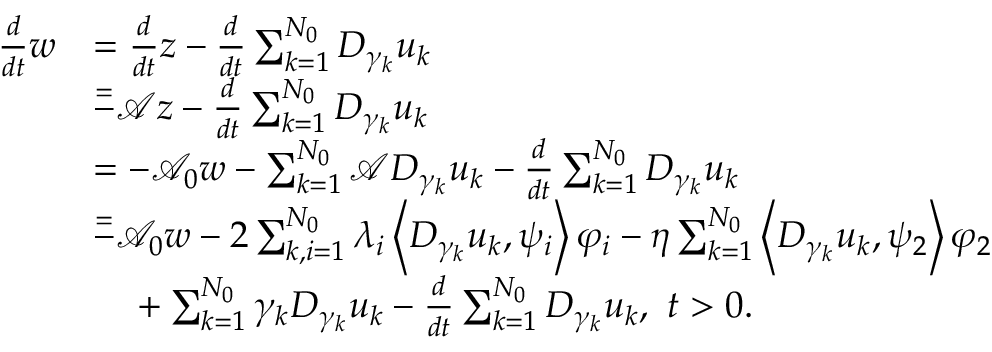
\begin{array} { r l } { \frac { d } { d t } w } & { = \frac { d } { d t } z - \frac { d } { d t } \sum _ { k = 1 } ^ { N _ { 0 } } D _ { \gamma _ { k } } u _ { k } } \\ & { \overset { = } - \mathcal { A } z - \frac { d } { d t } \sum _ { k = 1 } ^ { N _ { 0 } } D _ { \gamma _ { k } } u _ { k } } \\ & { = - \mathcal { A } _ { 0 } w - \sum _ { k = 1 } ^ { N _ { 0 } } \mathcal { A } D _ { \gamma _ { k } } u _ { k } - \frac { d } { d t } \sum _ { k = 1 } ^ { N _ { 0 } } D _ { \gamma _ { k } } u _ { k } } \\ & { \overset { = } - \mathcal { A } _ { 0 } w - 2 \sum _ { k , i = 1 } ^ { N _ { 0 } } \lambda _ { i } \left< D _ { \gamma _ { k } } u _ { k } , \psi _ { i } \right> \varphi _ { i } - \eta \sum _ { k = 1 } ^ { N _ { 0 } } \left< D _ { \gamma _ { k } } u _ { k } , \psi _ { 2 } \right> \varphi _ { 2 } } \\ & { \phantom { = } \; + \sum _ { k = 1 } ^ { N _ { 0 } } \gamma _ { k } D _ { \gamma _ { k } } u _ { k } - \frac { d } { d t } \sum _ { k = 1 } ^ { N _ { 0 } } D _ { \gamma _ { k } } u _ { k } , \ t > 0 . } \end{array}